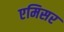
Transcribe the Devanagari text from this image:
एमिसर